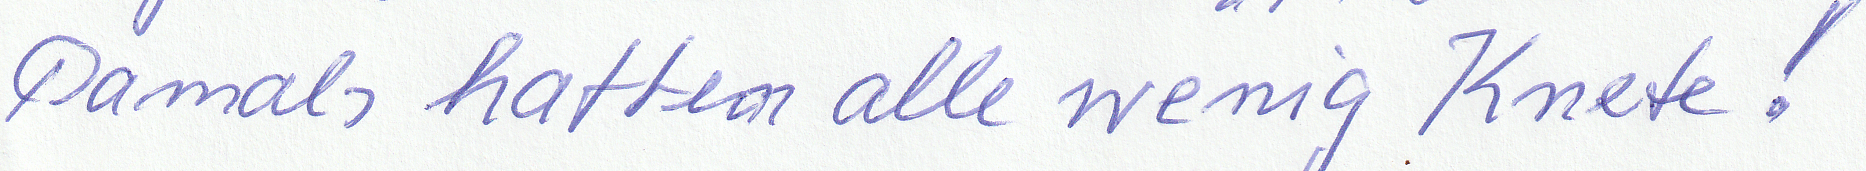
Damals hatten alle wenig Knete!